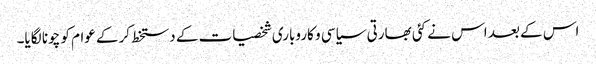
اس کے بعد اس نے کئی بھارتی سیاسی و کاروباری شخصیات کے دستخط کرکے عوام کو چونا لگایا۔